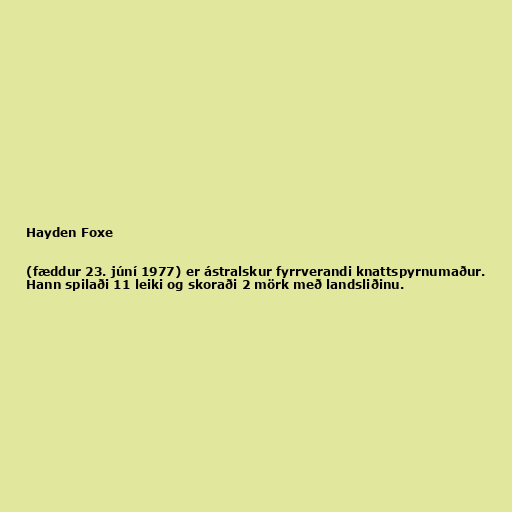
Hayden Foxe

(fæddur 23. júní 1977) er ástralskur fyrrverandi knattspyrnumaður.
Hann spilaði 11 leiki og skoraði 2 mörk með landsliðinu.